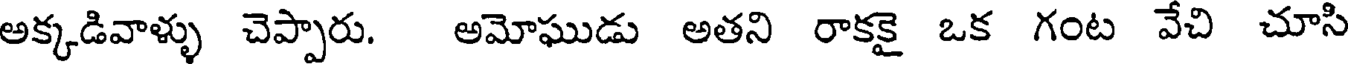
అక్కడివాళ్ళు చెప్పారు. అమోఘుడు అతని రాకకై ఒక గంట వేచి చూసి